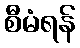
စီမံရန်